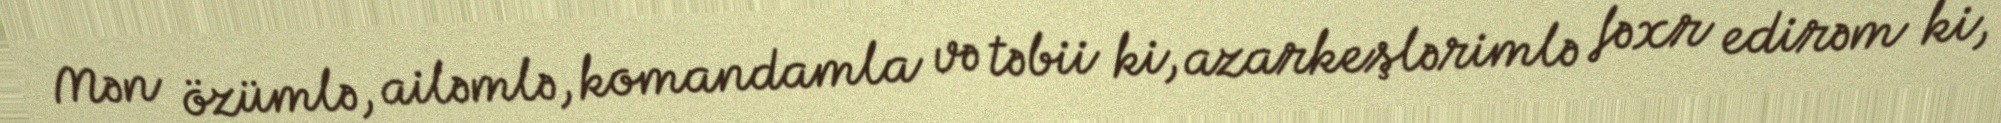
Mən özümlə, ailəmlə, komandamla və təbii ki, azarkeşlərimlə fəxr edirəm ki,